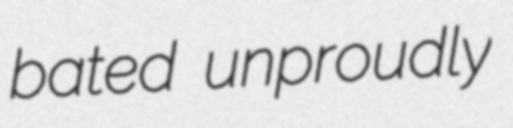
bated unproudly